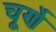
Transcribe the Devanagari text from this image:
चूर्णे